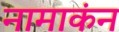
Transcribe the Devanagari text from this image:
नामाकंन